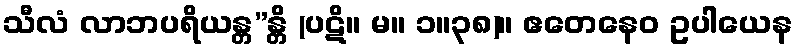
သီလံ လာဘပရိယန္တ”န္တိ (ပဋိ။ မ။ ၁။၃၈)။ ဧတေနေဝ ဥပါယေန